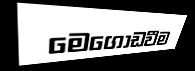
මෙගොඩවීම